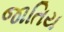
જાતિય